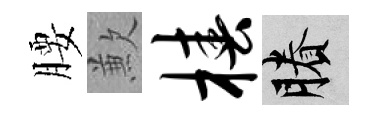
腰歉椿賸